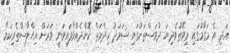
އަދި އެ މަގާމުގައި މިވޭތުވެދިޔަ ދުވަސްތަކުގައި ސަމަދު ހިދްމަތް ކޮށްދެއްވާފައިވަނީ ވަރަށް އިޚްލާސްތެރިކަމާ